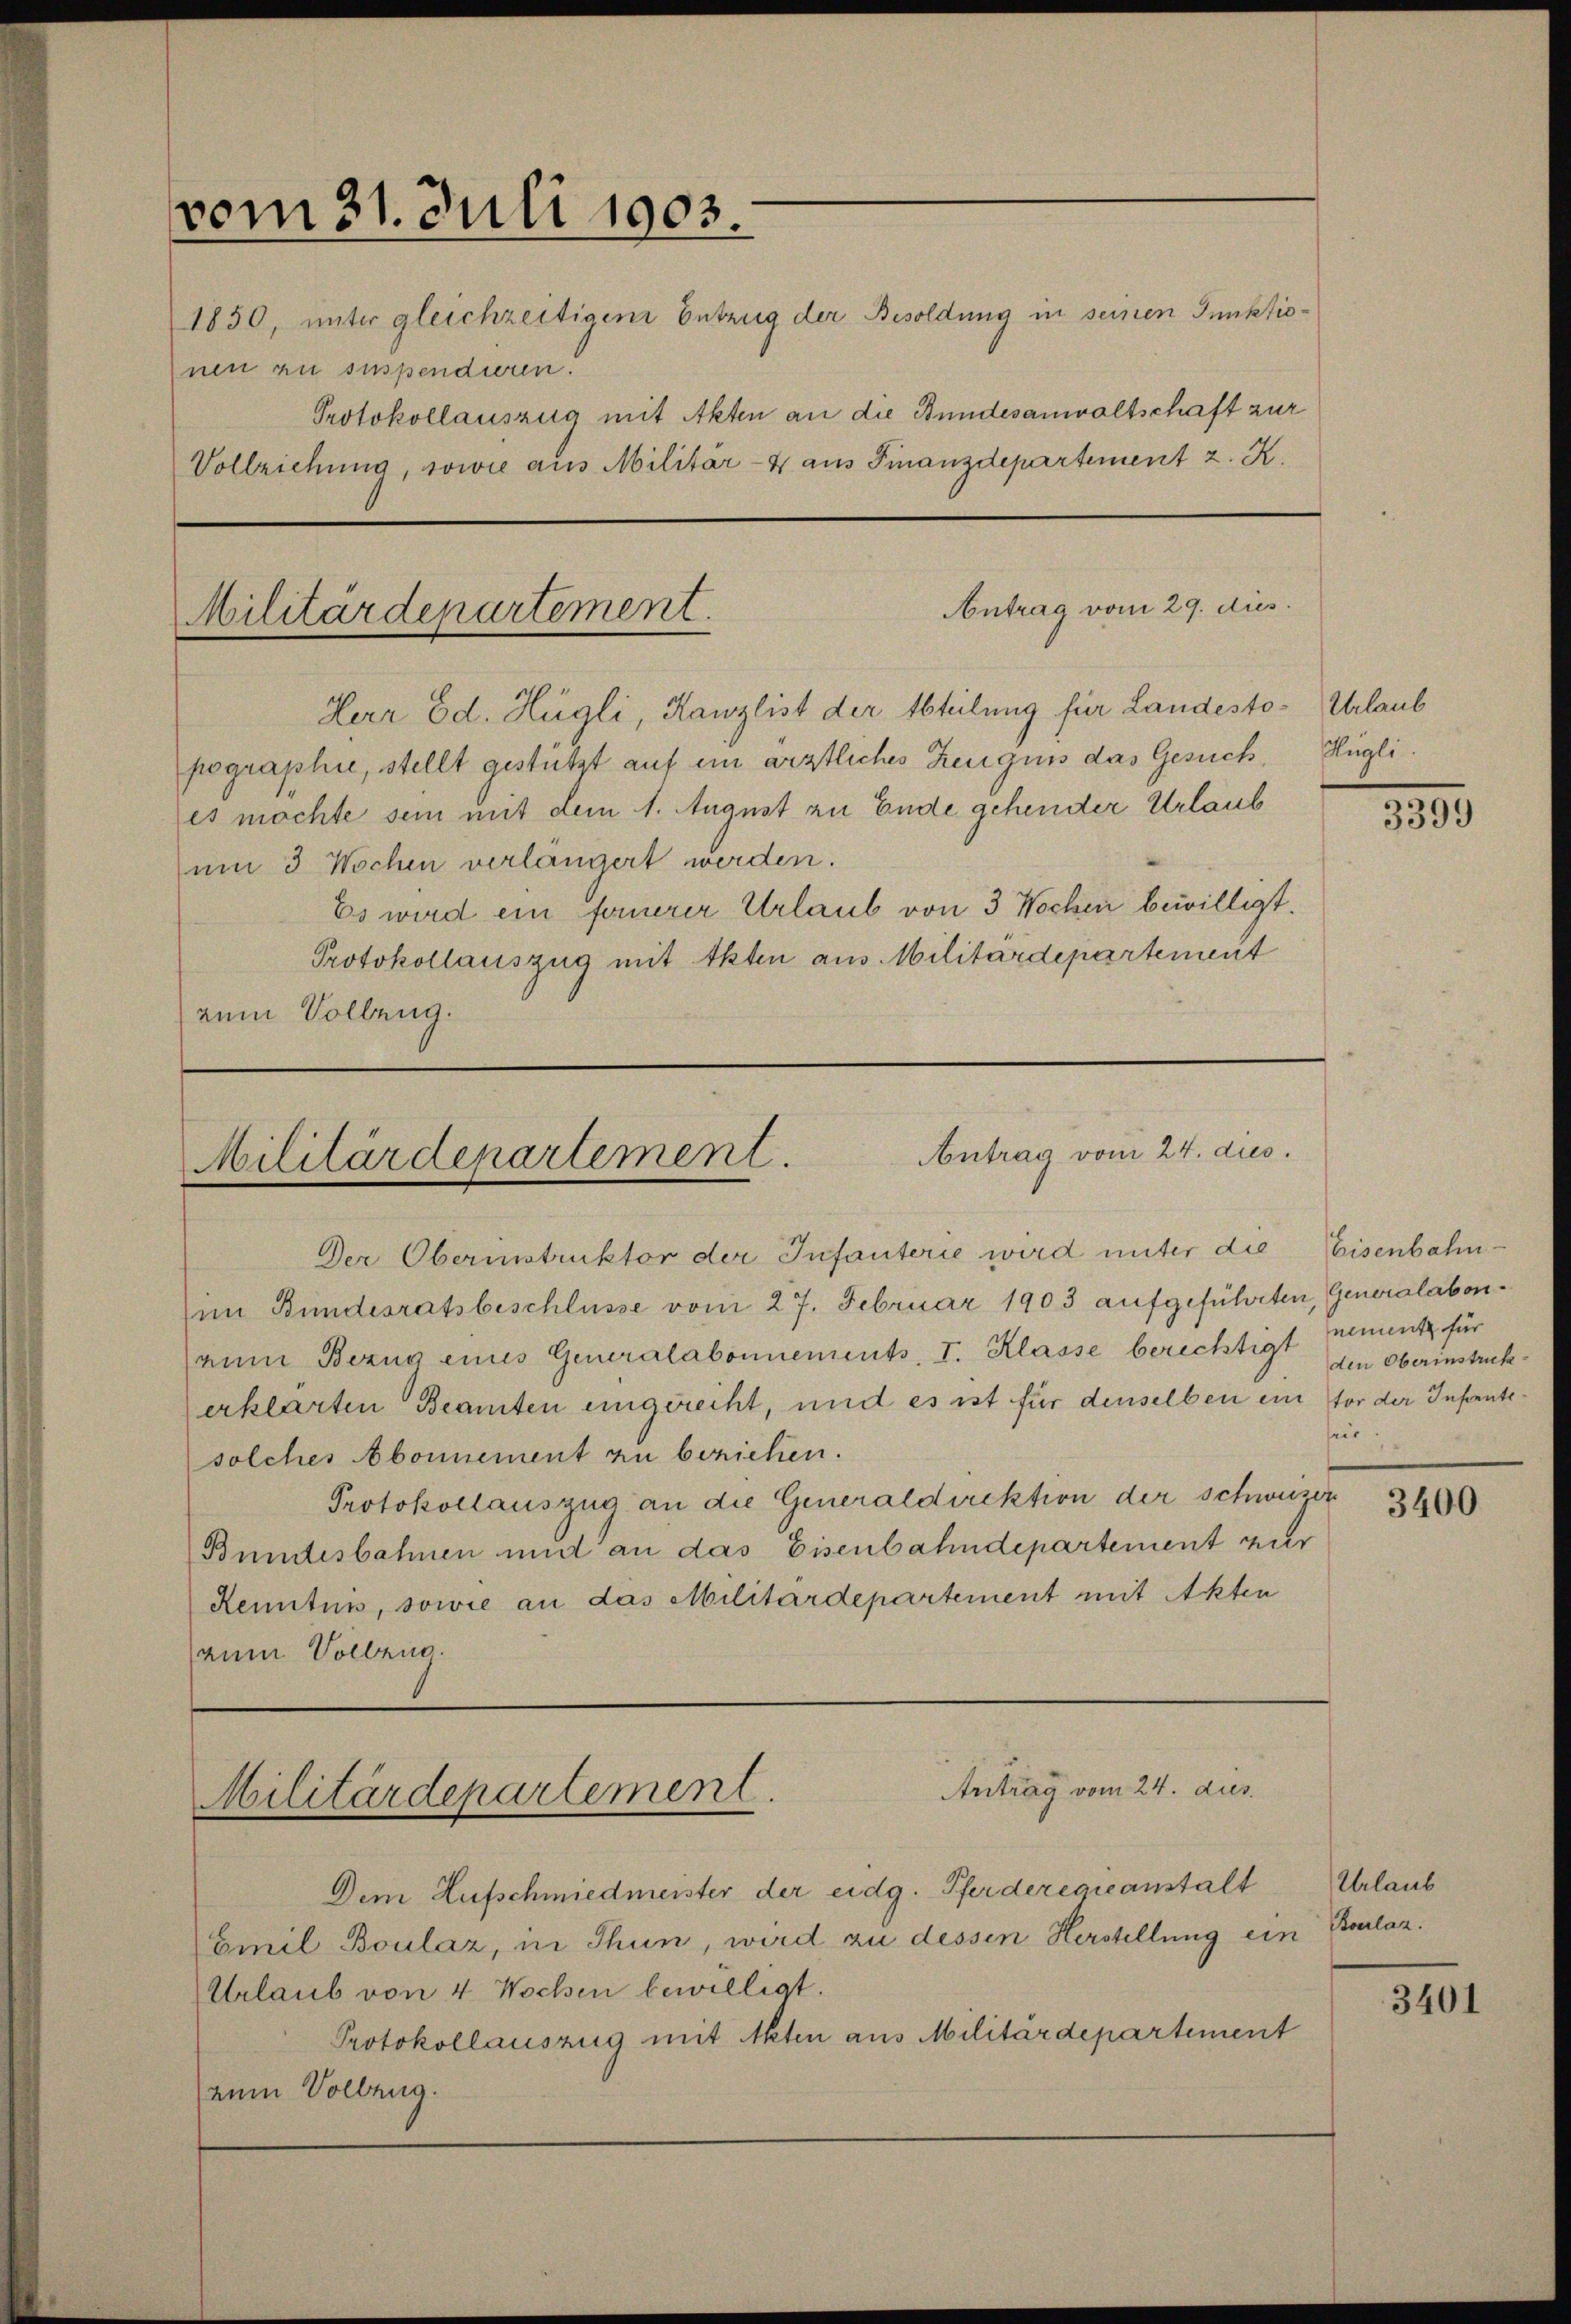
vom 31. Juli 1903.
nen zu suspendieren.
Antrag vom 29. dies
Militärdepartement.

Herr Ed. Hügli, Kanzlist der Abteilung für Landestopographie, stellt gestützt auf ein ärztliches Zeugnis das Gesuch, Hügli
es möchte sein mit dem 1. August zu Ende gehender Urlaub
um 3 Wochen verlängert werden.
Es wird ein fernerer Urlaub von 3 Wochen bewilligt.
Protokollauszug mit Akten aus Militärdepartement
zum Vollzug.

1850, unter gleichzeitigen Entzug der Besoldung in seinen Punktio¬
Protokollauszug mit Akten an die Bundesanwaltschaft zur
Vollziehung, sowie aus Militär-4 aus Finanzdepartement z. K.

Antrag vom 24. dies
Militärdepartement.

Der Oberinstruktor der Infanterie wird unter die
im Bundesratsbeschlüsse vom 27. Februar 1903 aufgeführten, Generalabenrin Bezug eines Generalabonnements, I. Klasse berechtigt nement für
erklärten Beamten eingerecht, und es ist für denselben ein vor der Infantesolches Abonnement zu beziehen.
Protokollauszug an die Generaldirektion der schweizer
Bundesbahnen und an das Eisenbahndepartement zur
Renitus, sowie an das Militärdepartement mit Akten
zum Vollend.

Antrag vom 24. dus.
Militärdepartement.

Dem Aufschmiedmeister der eidg. Pferderegieanstalt
Emil Boulaz, in Thun, wird zu dessen Herstellung ein
Urlaub von 4 Wochen bewilligt.
Protokollauszug mit Akten aus Militärdepartement
(zum Volleng.

Urlaub

1891

Eisenbahn.
den Oberinstrukseit

3400

Urlaub
Boelaz.

3401